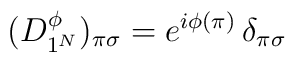
(D^{\phi}_{1^N})_{\pi\sigma} = e^{i\phi(\pi)}\,\delta_{\pi\sigma}